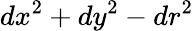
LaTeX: dx^{2}+dy^{2}-dr^{2}